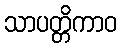
သာပတ္တိကာဝ